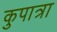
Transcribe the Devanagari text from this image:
कुपात्रा